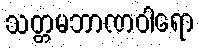
သတ္တမဘာဏဝါရော